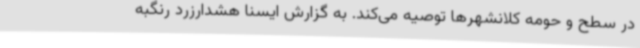
در سطح و حومه کلانشهرها توصیه می‌کند. به گزارش ایسنا هشدارزرد رنگبه